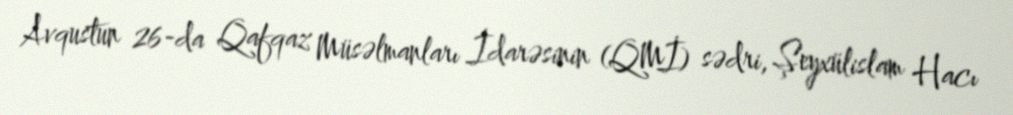
Avqustun 26-da Qafqaz Müsəlmanları İdarəsinin (QMİ) sədri, Şeyxülislam Hacı